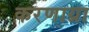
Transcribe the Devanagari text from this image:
करणाय्रा